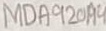
Text: MDA920A4